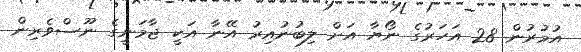
އުމުރުން 28 އަހަރުގެ ނޯޔާ އަށް ލިބުނުއިރު އޭނާ އަކީ ޖާމަނީގެ ނޫސްވެރިން